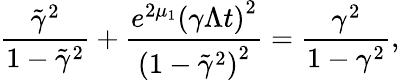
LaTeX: \frac{\tilde{\gamma}^{2}}{1-\tilde{\gamma}^{2}}+\frac{e^{2\mu_{1}}\left(\gamma\Lambda t\right)^{2}}{\left(1-\tilde{\gamma}^{2}\right)^{2}}=\frac{\gamma^{2}}{1-\gamma^{2}},